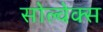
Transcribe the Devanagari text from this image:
सोल्वेक्स